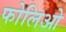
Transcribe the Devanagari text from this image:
फोलिओ